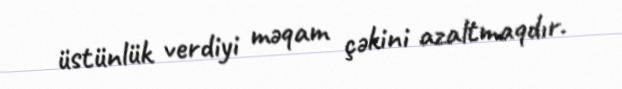
üstünlük verdiyi məqam çəkini azaltmaqdır.